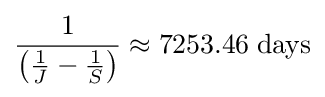
{\frac {1}{\left({\frac {1}{J}}-{\frac {1}{S}}\right)}}\approx 7253.46\;\mathrm {days} \displaystyle